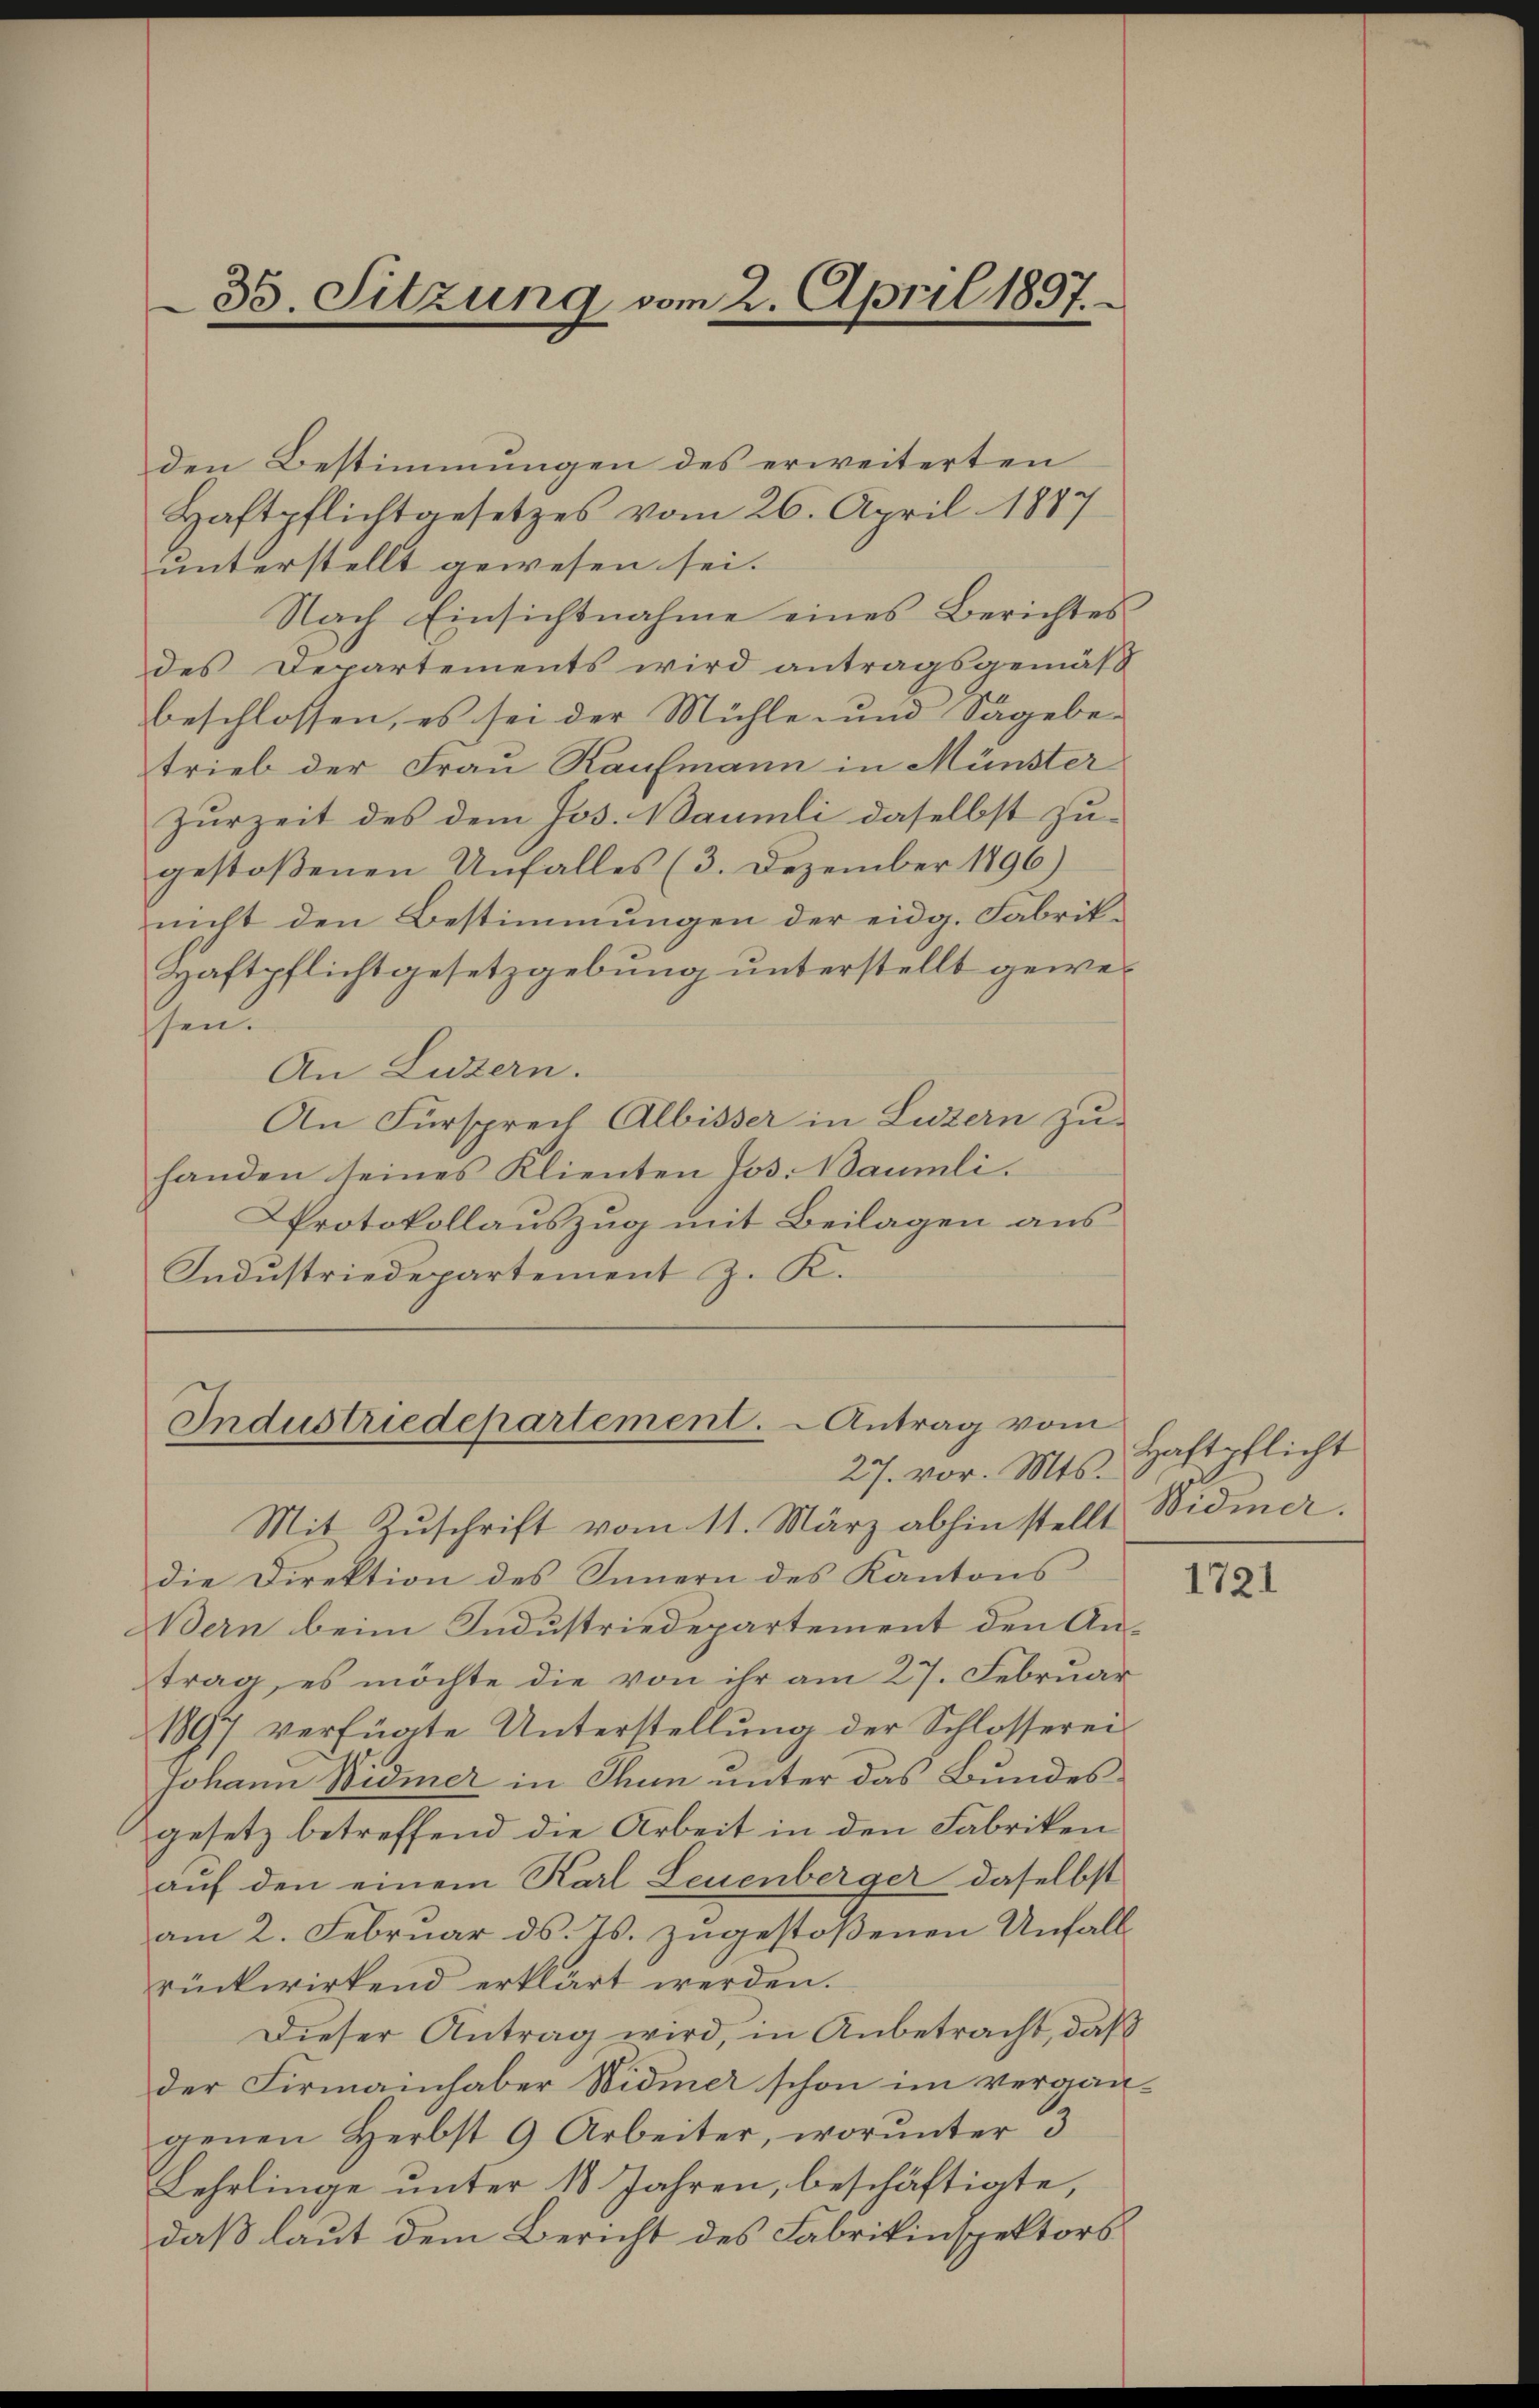
33. Sitzung vom 2. April 1857.

Industriedepartement. Antrag vom
27. vor. Mts.

den Bestimmungen des erweiterten
Haftpflichtgesetzes vom 26. April 1887
unterstellt gewesen sei.
Nach Einsichtnahme eines Berichtes
des Departements wird antragsgemäß
beschlossen, es sei der Mühle und Sagebetrieb der Frau Kaufmann in Münster
Zurzeit des dem Jos. Naumli daselbst zugestoßenen Unfalles (3. Dezember 1896)
nicht den Bestimmungen der eidg. Fabrik¬
Haftpflichtgesetzgebung unterstellt geween.
An Luzern.
An Fürsprech Albisser in Luzern zu
handen seines Klienten Jos. Naumli.
Protokollauszug mit Beilagen aus
Industriedepartement z. K.

Mit Zuschrift vom 11. März abhin stellt
die Direktion des Innern des Kantons
Bern beim Industriedepartement den Antrag, es möchte die von ihr am 27. Februar
1897 verfügte Unterstellŭng der Schlosserei
Johann Widmer in Thun unter das Bundesgesetz betreffend die Arbeit in den Fabriken
auf den einem Karl Leuenberger daselbst
am 2. Februar ds. Js. zugestoßenen Unfall
rückwirkend erklärt werden.
Dieser Antrag wird, in Anbetracht, daß
der Firmainhaber Widmer schon im vergangenen Herbst 9 Arbeiter, worunter 3
Lehrlinge unter 18 Jahren, beschäftigte,
daß laut dem Bericht des Fabrikinspektors

Haftpflicht
Widmer.

1721